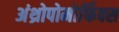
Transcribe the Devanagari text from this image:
अंथ्रोपोमोर्फिक्स